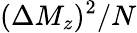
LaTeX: (\Delta M_{z})^{2}/N